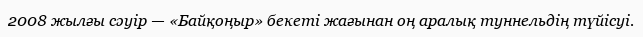
2008 жылғы сәуір — «Байқоңыр» бекеті жағынан оң аралық туннельдің түйісуі.